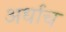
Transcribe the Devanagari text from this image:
अर्धाच